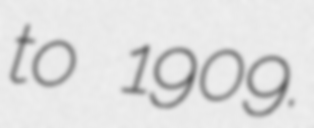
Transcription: to 1909.